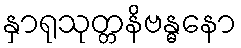
နှာရုသုတ္တနိဗန္ဓနော